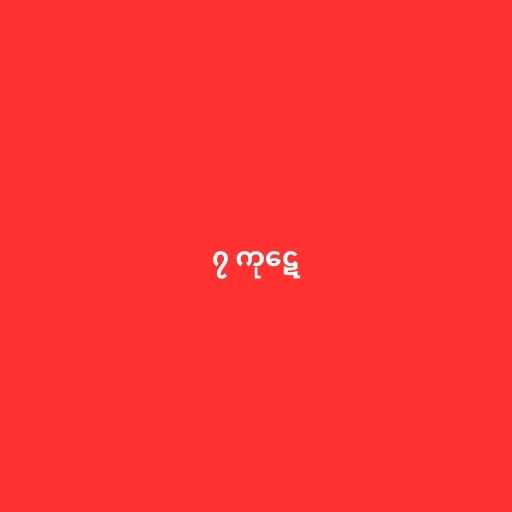
၇ ကုဋေ